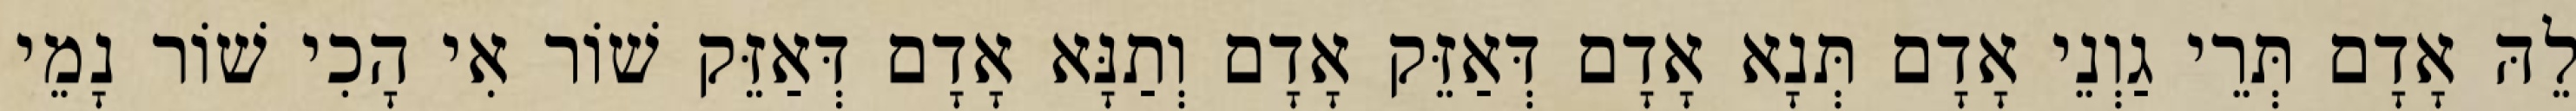
לֵהּ אָדָם תְּרֵי גַוְנֵי אָדָם תְּנָא אָדָם דְּאַזֵּק אָדָם וְתַנָּא אָדָם דְּאַזֵּק שׁוֹר אִי הָכִי שׁוֹר נָמֵי